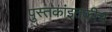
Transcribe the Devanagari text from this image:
पुस्तकांइतकीच